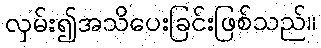
လှမ်း၍အသိပေးခြင်းဖြစ်သည်။